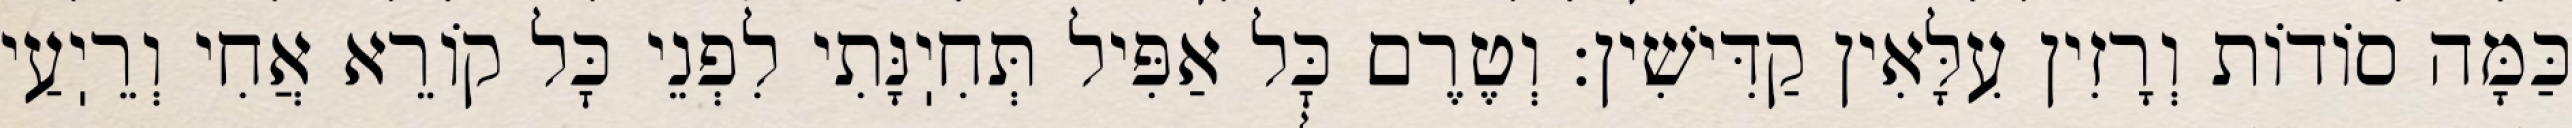
כַּמָּה סוֹדוֹת וְרָזִין עִלָּאִין קַדִּישִׁין: וְטֶרֶם כׇּל אַפִּיל תְּחִיֽנָּתִי לִפְנֵי כׇּל קוֹרֵא אֲחִי וְרֵיֽעַי